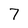
Character: 7